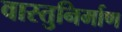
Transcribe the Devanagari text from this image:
वास्तुनिर्माण